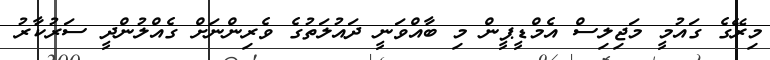
މިރޭގެ ގައުމީ މަޖިލިސް އެމްޑީޕީން މި ބާއްވަނީ ދައުލަތުގެ ވެރިންނަށް ގެއްލުންދީ ސަރުކާރު